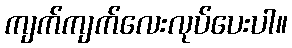
ကျက်ကျက်လေးလုပ်ပေးပါ။